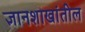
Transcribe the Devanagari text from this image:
ज्ञानशाखांतील